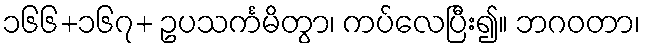
၁၆၆+၁၆၇+ ဥပသင်္ကမိတွာ၊ ကပ်လေပြီး၍။ ဘဂဝတာ၊